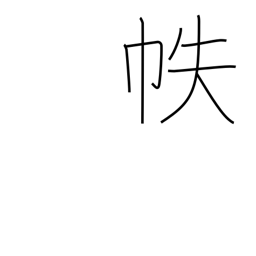
Meaning: Japanese book cover